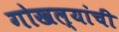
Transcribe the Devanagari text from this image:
गोखल्यांची